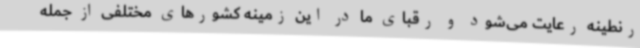
رنطینه رعایت می‌شود و رقبای ما در این زمینه کشورهای مختلفی از جمله